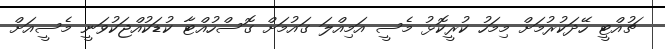
ޗުއްޓީ ހޭދަކުރުމަށް މިމަހު ކުރީކޮޅު މެސީ އަމިއްލަ ގައުމަށް ގޮސްހުއްޓާ ކުޑަކުއްޖަކުވަނީ މެސީއަށް